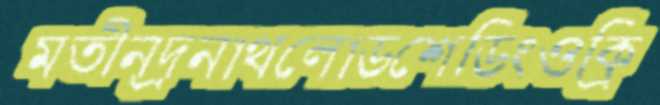
মতীন্দ্রনাথলোডশেডিংওক্রি